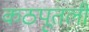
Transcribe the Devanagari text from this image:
कठपूतली